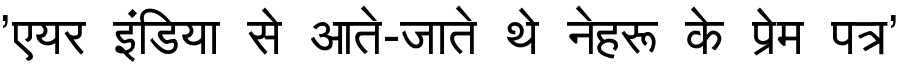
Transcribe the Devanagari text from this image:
'एयर इंडिया से आते-जाते थे नेहरू के प्रेम पत्र'